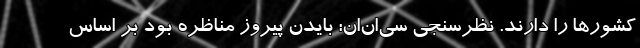
کشورها را دارند. نظرسنجی سی‌ان‌ان: بایدن پیروز مناظره بود بر اساس